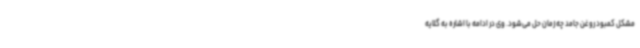
مشکل کمبود روغن جامد چه زمان حل می‌شود. وی در ادامه با اشاره به گلایه